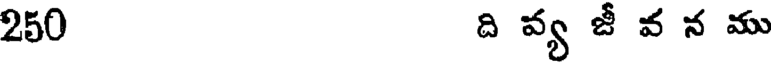
250 ది వ్య జీ వ న ము